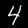
Digit: 4